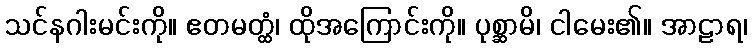
သင်နဂါးမင်းကို။ ဧတမတ္ထံ၊ ထိုအကြောင်းကို။ ပုစ္ဆာမိ၊ ငါမေး၏။ အာဠာရ၊